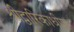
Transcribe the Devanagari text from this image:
श्रीद्वारिकाधीश